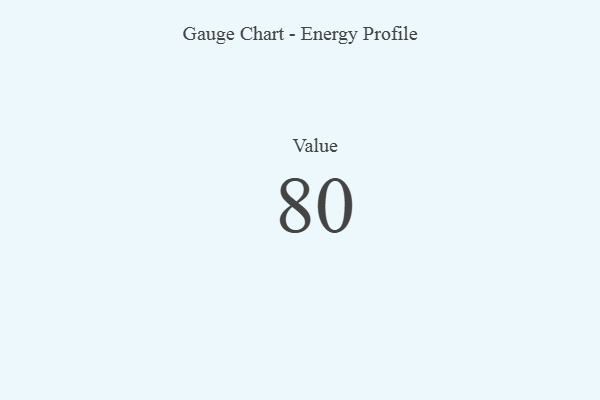
{"axis": {"x": "Metric", "y": "Value"}, "legend": [""], "data": [{"x": "Value", "y": 80, "type": ""}]}